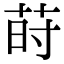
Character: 莳